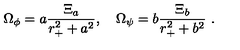
{ \Omega } _ { \phi } = a { \frac { { \Xi } _ { a } } { r _ { + } ^ { 2 } + a ^ { 2 } } } , \quad { \Omega } _ { \psi } = b { \frac { { \Xi } _ { b } } { r _ { + } ^ { 2 } + b ^ { 2 } } } \ .